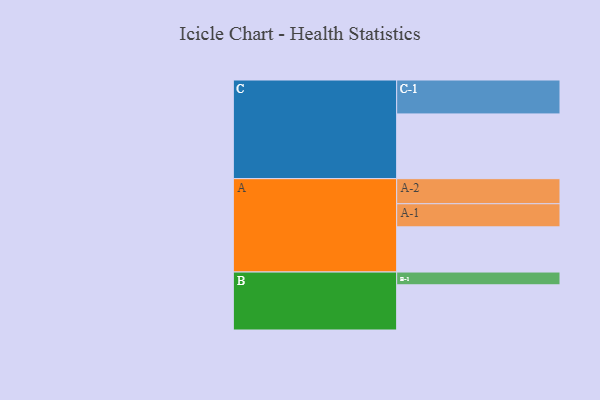
{"axis": {"x": "Segment", "y": "Value"}, "legend": ["", "A", "B", "C"], "data": [{"x": "A", "y": 393, "type": ""}, {"x": "B", "y": 393, "type": ""}, {"x": "C", "y": 563, "type": ""}, {"x": "A-1", "y": 201, "type": "A"}, {"x": "A-2", "y": 218, "type": "A"}, {"x": "B-1", "y": 111, "type": "B"}, {"x": "C-1", "y": 295, "type": "C"}]}